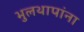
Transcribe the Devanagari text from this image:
भुलथापांना